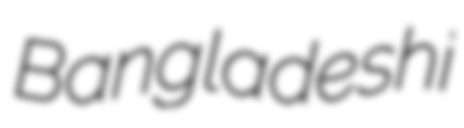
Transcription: Bangladeshi